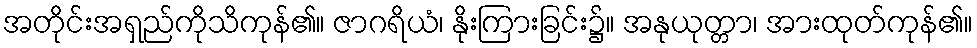
အတိုင်းအရှည်ကိုသိကုန်၏။ ဇာဂရိယံ၊ နိုးကြားခြင်း၌။ အနုယုတ္တာ၊ အားထုတ်ကုန်၏။